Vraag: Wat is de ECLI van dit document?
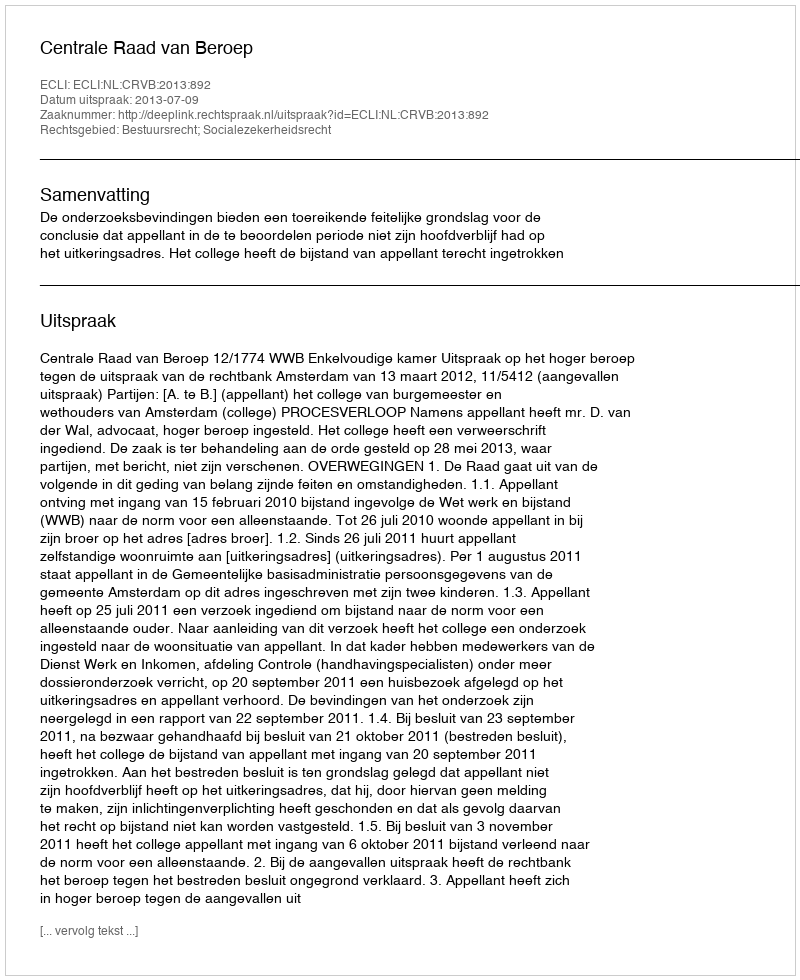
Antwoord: ECLI:NL:CRVB:2013:892